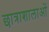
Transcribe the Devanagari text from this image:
छात्राशालाओं